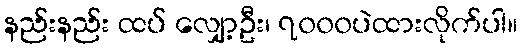
နည်းနည်း ထပ် လျှော့ဦး၊ ၇၀၀၀ပဲထားလိုက်ပါ။